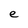
Character: e